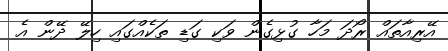
އޭރިއާތައް ރޯދަ މަހާ ގުޅިގެން ވަކި ގަޑި ތަކެއްގައި ހިލޭ ދޭން އެ